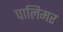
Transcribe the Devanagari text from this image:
पालिमर